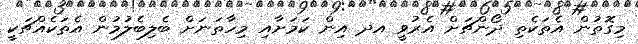
މިގޮތުން އެތަކެތި ދޯންޗަށް އެރުވީ އދ އިން ކަމަށާއި މިހާތަނަށް ބެލިބެލުމުން އެތަކެއްޗަކީ